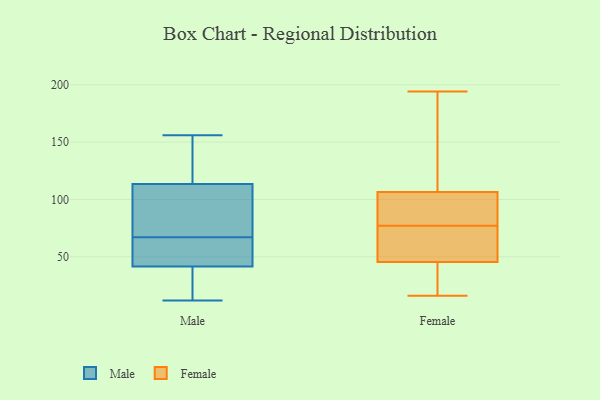
{"axis": {"x": "Humidity (%)", "y": "Value"}, "legend": ["Female", "Male"], "data": [{"x": "", "y": 156, "type": "Male"}, {"x": "", "y": 67, "type": "Male"}, {"x": "", "y": 155, "type": "Male"}, {"x": "", "y": 43, "type": "Male"}, {"x": "", "y": 71, "type": "Male"}, {"x": "", "y": 25, "type": "Male"}, {"x": "", "y": 12, "type": "Male"}, {"x": "", "y": 41, "type": "Male"}, {"x": "", "y": 82, "type": "Male"}, {"x": "", "y": 24, "type": "Male"}, {"x": "", "y": 145, "type": "Male"}, {"x": "", "y": 43, "type": "Male"}, {"x": "", "y": 124, "type": "Male"}, {"x": "", "y": 70, "type": "Male"}, {"x": "", "y": 56, "type": "Male"}, {"x": "", "y": 182, "type": "Female"}, {"x": "", "y": 41, "type": "Female"}, {"x": "", "y": 194, "type": "Female"}, {"x": "", "y": 162, "type": "Female"}, {"x": "", "y": 101, "type": "Female"}, {"x": "", "y": 67, "type": "Female"}, {"x": "", "y": 69, "type": "Female"}, {"x": "", "y": 96, "type": "Female"}, {"x": "", "y": 31, "type": "Female"}, {"x": "", "y": 34, "type": "Female"}, {"x": "", "y": 56, "type": "Female"}, {"x": "", "y": 112, "type": "Female"}, {"x": "", "y": 16, "type": "Female"}, {"x": "", "y": 50, "type": "Female"}, {"x": "", "y": 91, "type": "Female"}, {"x": "", "y": 77, "type": "Female"}, {"x": "", "y": 77, "type": "Female"}, {"x": "", "y": 117, "type": "Female"}, {"x": "", "y": 79, "type": "Female"}, {"x": "", "y": 25, "type": "Female"}]}